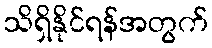
သိရှိနိုင်ရန်အတွက်